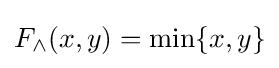
F_{\wedge }(x,y)=\min\{x,y\}